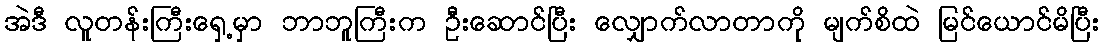
အဲဒီ လူတန်းကြီးရှေ့မှာ ဘာဘူကြီးက ဦးဆောင်ပြီး လျှောက်လာတာကို မျက်စိထဲ မြင်ယောင်မိပြီး